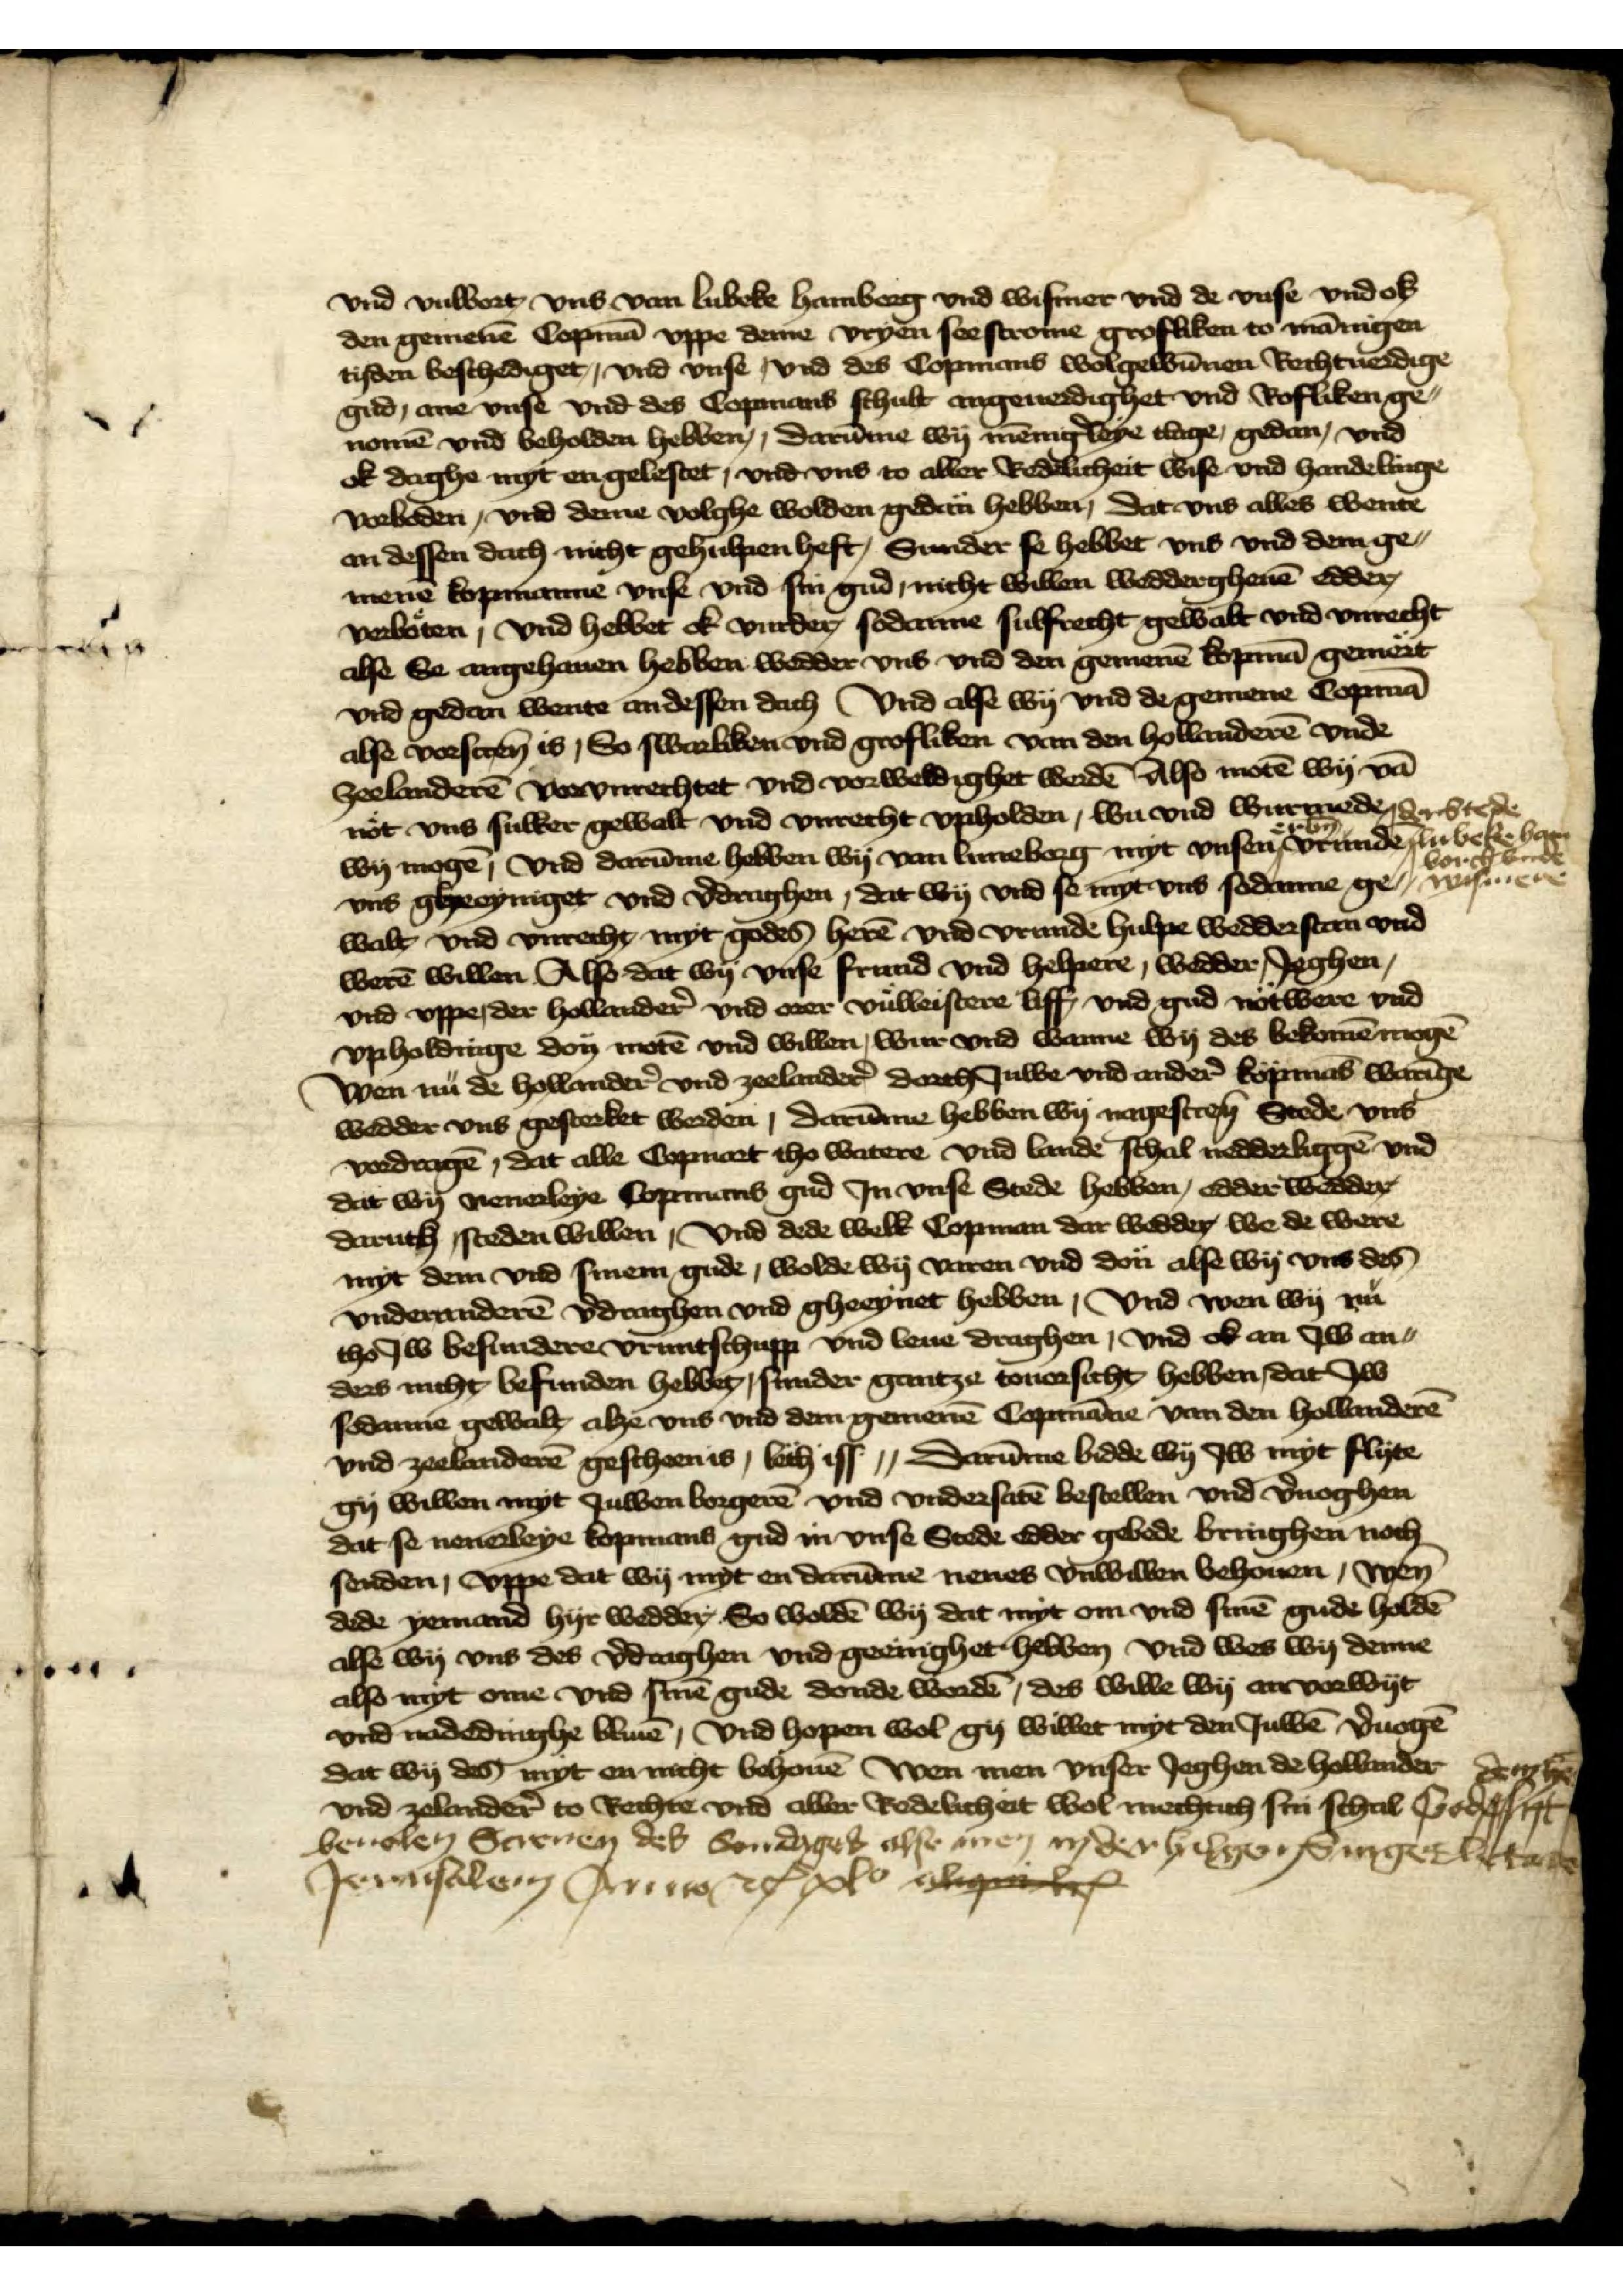
Gode dem her syt  
beuolen Screuen des sondages alse men ny der hilgen singet letare
Jerusalem anno etc xlo epcol Vl

vnd vulbort, vns van Lubeke Hamborg vnd Wismer vnd de vnse vnd ok
den gemenē Copmā vppe deme vryen seestrome grosliken to mānigen
tyden beschediget, vnd vnse |vnd des Copmans wolgewūnen Rechtuerdige
gud, ane vnse vnd des Copmans schalt angeverrdighet vnd Rofliken ge-
nomē vnd beholden hebben, darūme wy mēnigleye clage, gedan, vnd
ok daghe myt en gelestet, vnd vns to aller Redelicheit wise vnd handelinge
vorboden, vnd deme volghe wolden gedan hebben, dat vns alles wente
an dessen dach nicht gehulpen heft, Sunder se hebbet vns vnd der ge¬
menē kopmanne vnse vnd sin gud, nicht willen weddergheuē edder
verboten, vnd hebbet ok vurder, sodanne sulfrecht gewalt vnd vnrecht
alse Se angehauen hebben wedder vns vnd den gemenē kopmā gemert
vnd gedan wente andessen dach vnd alse wy vnd de gemene Copmā
alse vorscreū is, So swarliken vnd grofliken van den Hollanderē vnde
Zeelanderē vorvnrechtet vnd vorweldighet werdē Also motē wy vā
not vns sulket gewelt vnd vnrecht vpholden, wu vnd wurmede
wy mogē, vnd darūme hebben wy van Luneborg myt vnsen erbn̄ vrunde
vns gheeyniget vnd v̉draghen, dat wy vnd se myt vns sodanne ge-
walt, vnd vnrecht myt godes herē vnd vrunde hulpe wedderstan vnd
werē willen Also dat wy vnse frund vnd helper, wedder Jeghen,
vnd vppe, der Hollander vnd erer vulleistere liff vnd gud notwere vnd
vpholdinge don motē vnd willen, wur vnd warmee wy des bekomē mogē
wen nu dē Hollander̉ vnd Zorlander̉ dorch Juwe vnd ander̉ kopmās warīge
wedder vns gesterket werden, darūme hebben wy nagescreū Stede vns
vordragē, dat alle Copuart tho watere vnd lande schal nedderliggē vnd 
dat wy nenerleyn Copmans gud Jn vnse Stede hebben, edder wedder
daruth steden willen, vnd dede welk Copman dar wedder we de were
myt dem vnd sinem gude, wolde wy varen vnd don alse wy vns des
vnderanderē v̉draghen vnd gheeynet hebben, vnd wen wy nu
tho Jw besundete vruntschupp vnd leue draghen, vnd ok an Jw an-
ders nicht befinden hebbet, sunder gantze touorsicht hebben, dat Jw
sodanne geweset alze vns vnd dem gemenē Copmāne van den Hollanderē
vnd Zeelanderē geschen is, leth iss | Darūme bidde wy Jw myt flyte
gy willen myt Juwen borgerē vnd vndersatē bestellen vnd v̉noghen
dat se nenerleye kopmans gud vnse Stede edder gebede bringhen noch
senden, vppe dat wy myt en darūme nenes vnwillen behouen, Wen
dede yemand hyr wedder. So woldē wy dat myt om vnd sinē gude holdē
alse wy vns des v̉draghen vnd geenighet hebben vnd wes wy derme
also myt ome vnd sinē gude donde wordē, des wille wy an vorwyt
vnd nadedinghe bliuē, vnd hopen wol gy willet myt den Juwē v̉uogē
dat wy des myt en nicht behouē Wen men vnser Jeghen de Hollander
vnd Zelander̉ to Rechte vnd aller Redelicheit wol mechtich sin schal

der Stede
Lubeke Hamb 
borch vnde 
Wysmere